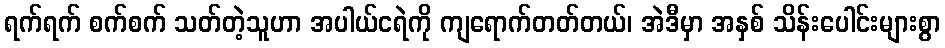
ရက်ရက် စက်စက် သတ်တဲ့သူဟာ အပါယ်ငရဲကို ကျရောက်တတ်တယ်၊ အဲဒီမှာ အနှစ် သိန်းပေါင်းများစွာ